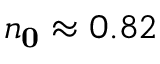
n _ { \mathbf { 0 } } \approx 0 . 8 2